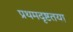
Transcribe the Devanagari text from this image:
प्रथमदृष्टतया